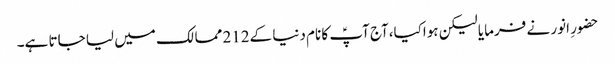
حضورِ انور نے فرمایا لیکن ہواکیا،آج آپؑ کا نام دنیا کے212 ممالک میں لیا جاتا ہے۔